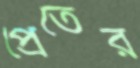
প্রেতের